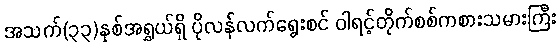
အသက်(၃၃)နှစ်အရွှယ်ရှိ ပိုလန်လက်ရွေးစင် ဝါရင့်တိုက်စစ်ကစားသမားကြီး